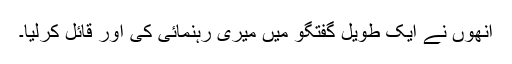
انھوں نے ایک طویل گفتگو میں میری رہنمائی کی اور قائل کرلیا۔